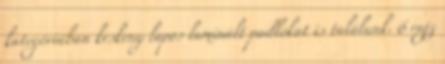
kategóriában keskeny lapos laminált padlókat is találunk. 6 rajz